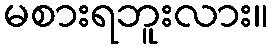
မစားရဘူးလား။